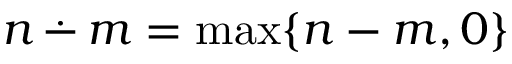
n \, { \stackrel { . } { - } } \, m = \operatorname* { m a x } \{ n - m , 0 \}